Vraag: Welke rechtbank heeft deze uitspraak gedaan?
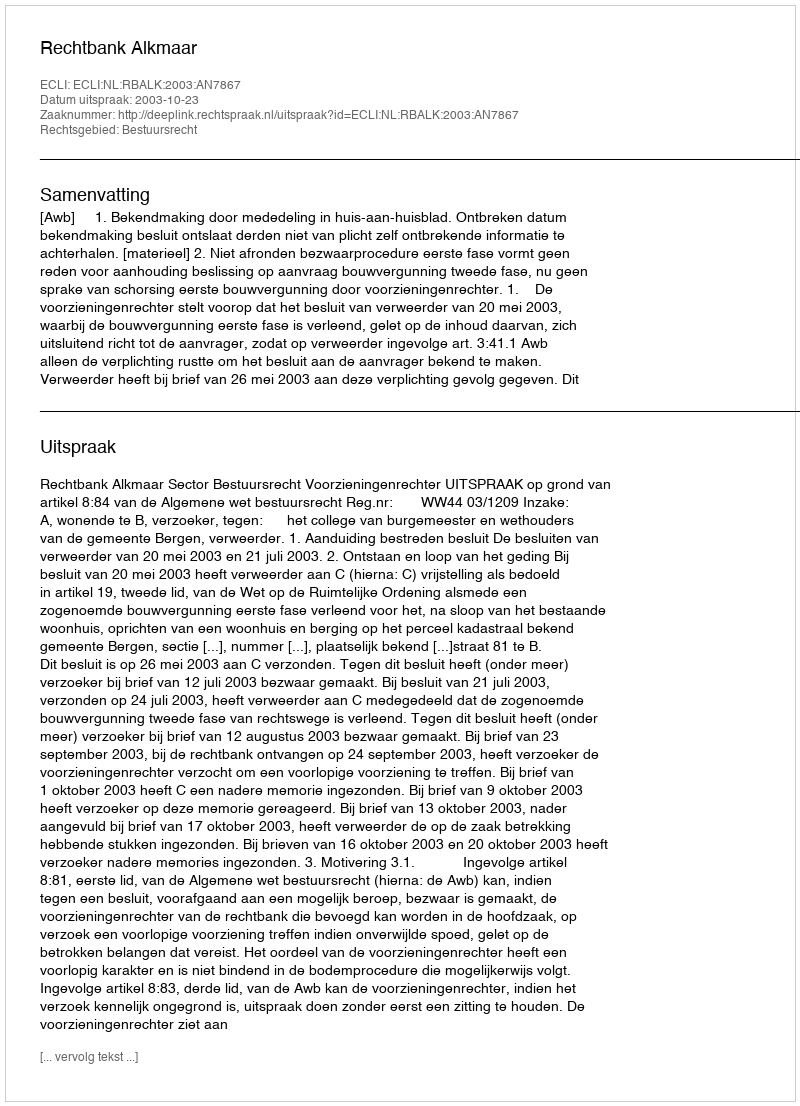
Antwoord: Rechtbank Alkmaar